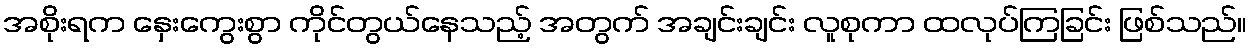
အစိုးရက နှေးကွေးစွာ ကိုင်တွယ်နေသည့် အတွက် အချင်းချင်း လူစုကာ ထလုပ်ကြခြင်း ဖြစ်သည်။